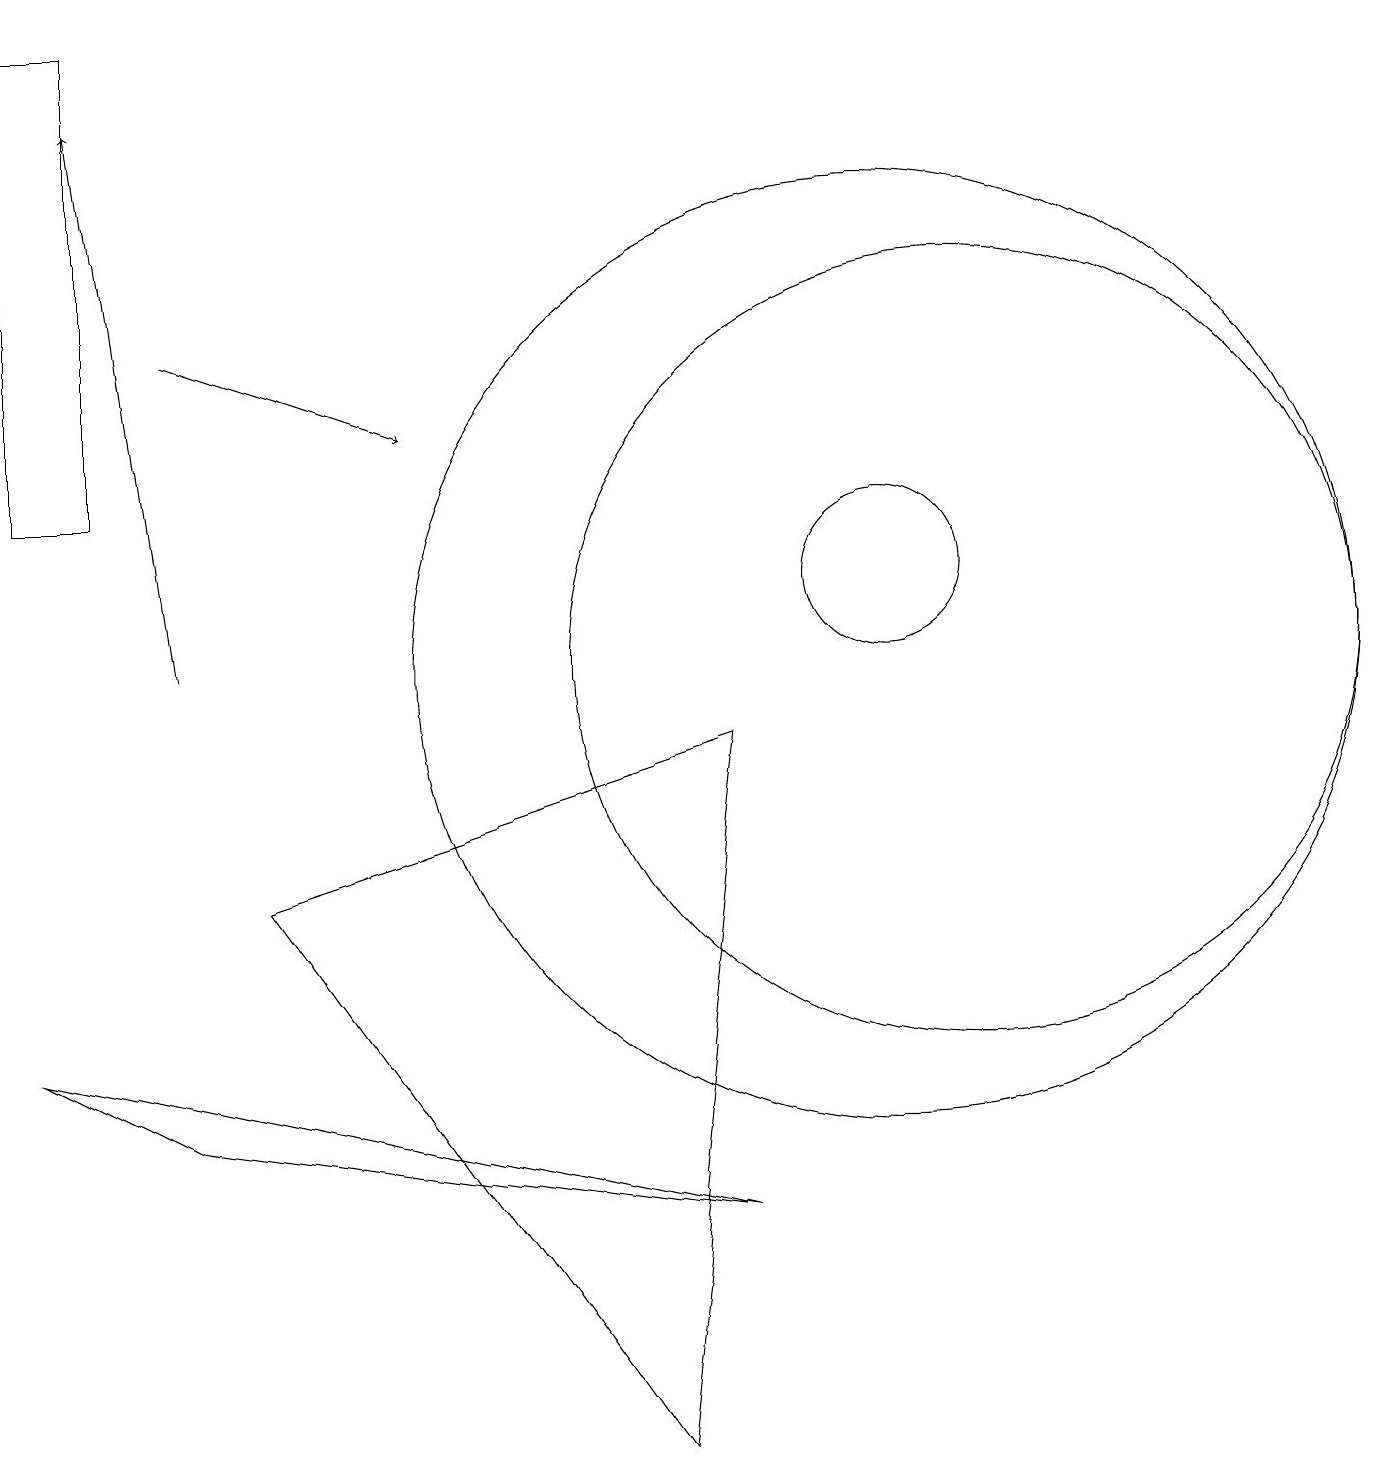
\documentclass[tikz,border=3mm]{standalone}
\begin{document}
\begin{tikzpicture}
\draw (11,11) circle (1);
\draw (12,10) circle (5);
\draw (0,12) rectangle (1,18);
\draw[->] (2,14) -- (5,13);
\draw (11,10) circle (6);
\draw (3,7) -- (9,9) -- (8,0) -- cycle;
\draw[->] (2,10) -- (1,17);
\draw (0,5) -- (2,4) -- (9,3) -- cycle;
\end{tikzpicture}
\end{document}